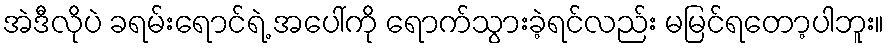
အဲဒီလိုပဲ ခရမ်းရောင်ရဲ့ အပေါ်ကို ရောက်သွားခဲ့ရင်လည်း မမြင်ရတော့ပါဘူး။